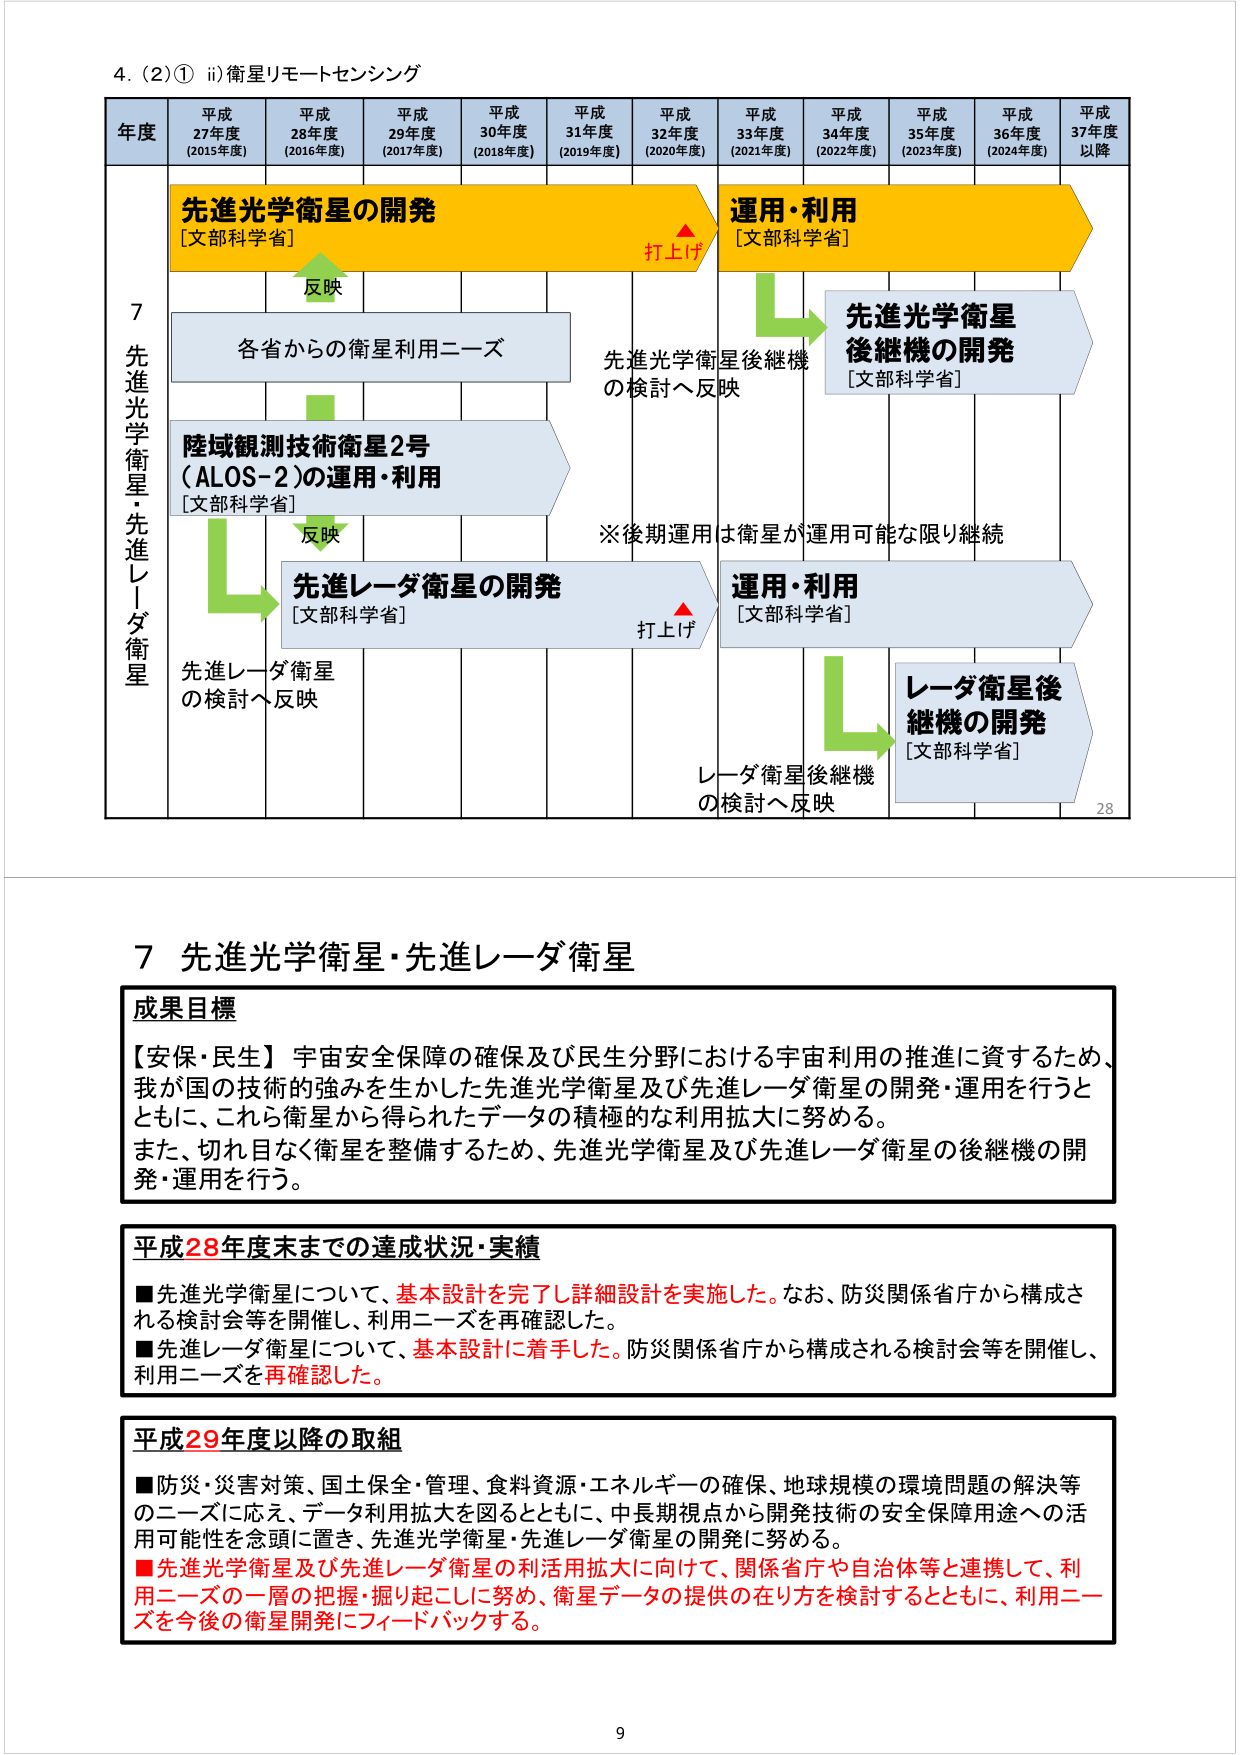
4. (2)① ii) 衛星リモートセンシング

年度 平成27年度 (2015年度) 平成28年度 (2016年度) 平成29年度 (2017年度) 平成30年度 (2018年度) 平成31年度 (2019年度) 平成32年度 (2020年度) 平成33年度 (2021年度) 平成34年度 (2022年度) 平成35年度 (2023年度) 平成36年度 (2024年度) 平成37年度以降

7 先進光学衛星・先進レーダ衛星

先進光学衛星の開発 [文部科学省] 反映 打上げ 運用・利用 [文部科学省] 先進光学衛星後継機の開発 [文部科学省] 各省からの衛星利用ニーズ 先進光学衛星後継機の検討へ反映 陸域観測技術衛星2号 (ALOS-2)の運用・利用 [文部科学省] 反映 ※後期運用は衛星が運用可能な限り継続 先進レーダ衛星の開発 [文部科学省] 打上げ 運用・利用 [文部科学省] 先進レーダ衛星の検討へ反映 レーダ衛星後継機の開発 [文部科学省] レーダ衛星後継機の検討へ反映

28

7 先進光学衛星・先進レーダ衛星

成果目標
【安保・民生】宇宙安全保障の確保及び民生分野における宇宙利用の推進に資するため、我が国の技術の強みを生かした先進光学衛星及び先進レーダ衛星の開発・運用を行うとともに、これら衛星から得られたデータの積極的な利用拡大に努める。また、切れ目なく衛星を整備するため、先進光学衛星及び先進レーダ衛星の後継機の開発・運用を行う。

平成28年度末までの達成状況・実績
■先進光学衛星について、基本設計を完了し詳細設計を実施した。なお、防災関係省庁から構成される検討会等を開催し、利用ニーズを再確認した。
■先進レーダ衛星について、基本設計に着手した。防災関係省庁から構成される検討会等を開催し、利用ニーズを再確認した。

平成29年度以降の取組
■防災・災害対策、国土保全・管理、食料資源・エネルギーの確保、地球規模の環境問題の解決等のニーズに応え、データ利用拡大を図るとともに、中長期視点から開発技術の安全保障用途への活用可能性を念頭に置き、先進光学衛星・先進レーダ衛星の開発に努める。
■先進光学衛星及び先進レーダ衛星の利活用拡大に向けて、関係省庁や自治体等と連携して、利用ニーズの一層の把握・掘り起こしに努め、衛星データの提供の在り方を検討するとともに、利用ニーズを今後の衛星開発にフィードバックする。

9